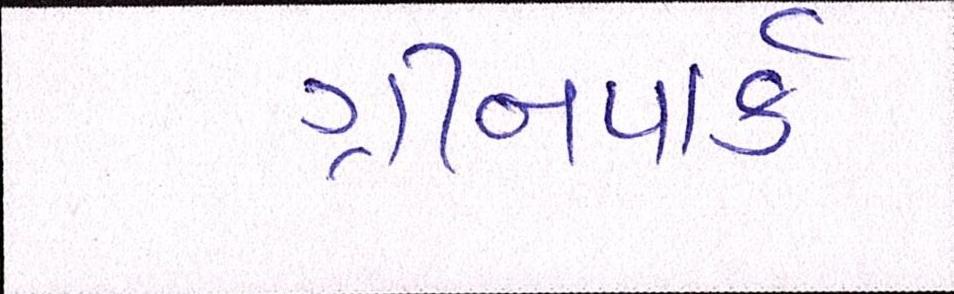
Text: ગ્રીનપાર્ક